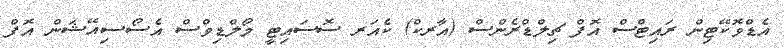
އެޑްވޮކޭޓިން ރައިޓްސް އޮފް ޗިލްޑްރެންސް (އާރކް) ކެއަރ ސޮސައިޓީ މޯލްޑިވްސް އެސޯސިއޭޝަން އޮފް